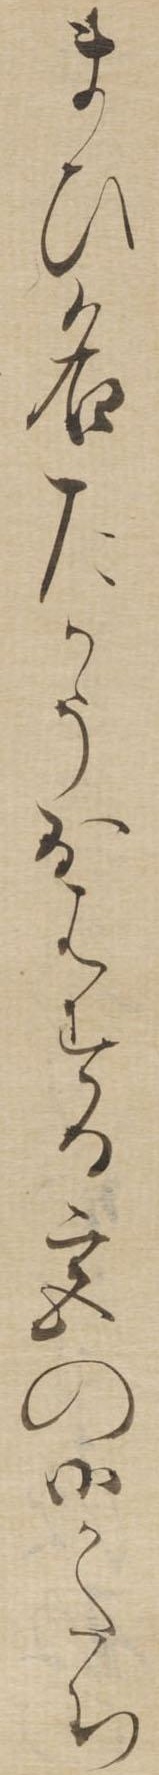
たひ名たかうおはする宮の御かたち